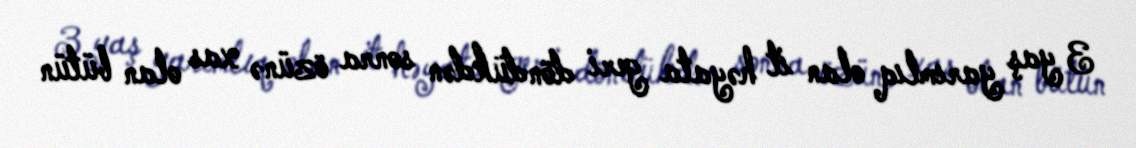
3 yaş yarımlıq olan it həyata geri döndükdən sonra özünə xas olan bütün